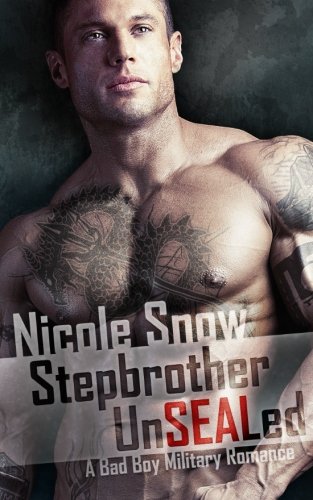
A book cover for Stepbrother UnSEALed: A Bad Boy Military Romance; Nicole Snow; Romance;